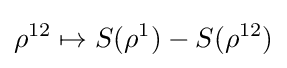
\rho ^{12}\mapsto S(\rho ^{1})-S(\rho ^{12})